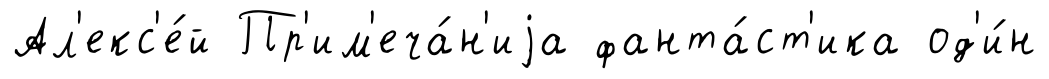
Ал'екс'е́й Пр'им'еча́н'иjа фанта́ст'ика од'и́н